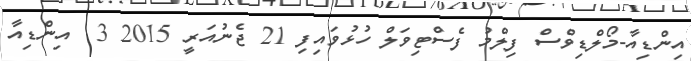
އިންޑިއާ-މޯލްޑިވްސް ފިލްމު ފެސްޓިވަލް ހުޅުވައިފި 21 ޖެނުއަރީ 2015 3  އިންޑިއާ